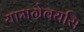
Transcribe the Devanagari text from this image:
यामग्रेवयसि